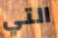
التي